Insane asylums in Bengal annual reports 1867-1875 - 1867-1875
Year: 1867
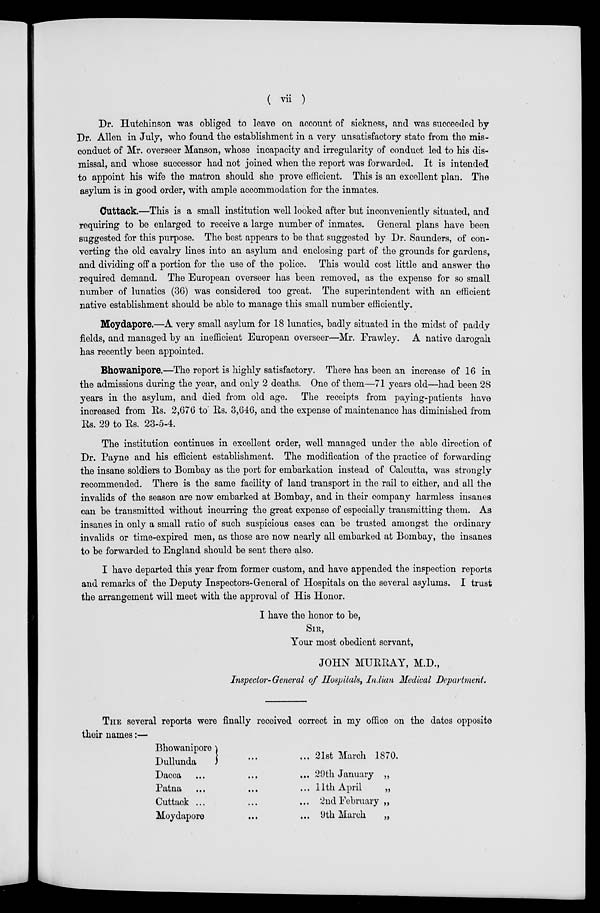
( vii )
Dr. Hutchinson was obliged to leave on account of sickness, and was succeeded by
Dr. Allen in July, who found the establishment in a very unsatisfactory state from the mis-
conduct of Mr. overseer Manson, whose incapacity and irregularity of conduct led to his dis-
missal, and whose successor had not joined when the report was forwarded. It is intended
to appoint his wife the matron should she prove efficient. This is an excellent plan. The
asylum is in good order, with ample accommodation for the inmates.
Cuttack.—This is a small institution well looked after but inconveniently situated, and
requiring to be enlarged to receive a large number of inmates. General plans have been
suggested for this purpose. The best appears to be that suggested by Dr. Saunders, of con-
verting the old cavalry lines into an asylum and enclosing part of the grounds for gardens,
and dividing off a portion for the use of the police. This would cost little and answer the
required demand. The European overseer has been removed, as the expense for so small
number of lunatics (36) was considered too great. The superintendent with an efficient
native establishment should be able to manage this small number efficiently.
Moydapore.—A very small asylum for 18 lunatics, badly situated in the midst of paddy
fields, and managed by an inefficient European overseer—Mr. Frawley. A native darogah.
has recently been appointed.
Bhowanipore.—The report is highly satisfactory. There has been an increase of 16 in
the admissions during the year, and only 2 deaths. One of them—71 years old—had been 28
years in the asylum, and died from old age. The receipts from paying-patients have
increased from Rs. 2,676 to Rs. 3,646, and the expense of maintenance has diminished from
Rs. 29 to Rs. 23-5-4.
The institution continues in excellent order, well managed under the able direction of
Dr. Payne and his efficient establishment. The modification of the practice of forwarding
the insane soldiers to Bombay as the port for embarkation instead of Calcutta, was strongly
recommended. There is the same facility of land transport in the rail to either, and all the
invalids of the season are now embarked at Bombay, and in their company harmless insanes
can be transmitted without incurring the great expense of especially transmitting them. As
insanes in only a small ratio of such suspicious cases can be trusted amongst the ordinary
invalids or time-expired men, as those are now nearly all embarked at Bombay, the insanes
to be forwarded to England should be sent there also.
I have departed this year from former custom, and have appended the inspection reports
and remarks of the Deputy Inspectors-General of Hospitals on the several asylums. I trust
the arrangement will meet with the approval of His Honor.
I have the honor to be,
SIR,
Your most obedient servant,
JOHN MURRAY, M.D.,
Inspector-General of Hospitals, Indian Medical Department.
THE several reports were finally received correct in my office on the dates opposite
their names:—
Bhowanipore
Dullunda
Dacca ...
Patna ...
Cuttack ...
Moydapore
... ... 21st March 1870.
... ... 29th January „
... ...11th April
„
... ... 2nd February „
... ... 9th March
„